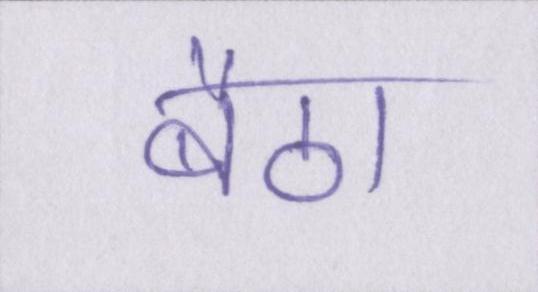
बैठा